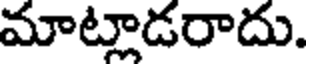
మాట్లాడరాదు.